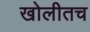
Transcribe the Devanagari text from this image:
खोलीतच